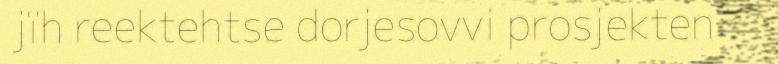
jïh reektehtse dorjesovvi prosjekten